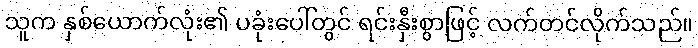
သူက နှစ်ယောက်လုံး၏ ပခုံးပေါ်တွင် ရင်းနှီးစွာဖြင့် လက်တင်လိုက်သည်။